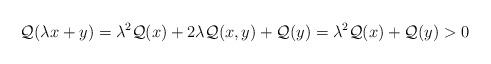
LaTeX: \begin{align*} \mathcal Q(\lambda x + y) = \lambda^2 \mathcal Q(x) + 2\lambda \mathcal Q(x,y) + \mathcal Q(y) = \lambda^2 \mathcal Q(x) + \mathcal Q(y) > 0\end{align*}